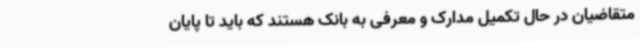
متقاضیان در حال تکمیل مدارک و معرفی به بانک هستند که باید تا پایان